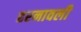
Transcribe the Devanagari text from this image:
हरनावली